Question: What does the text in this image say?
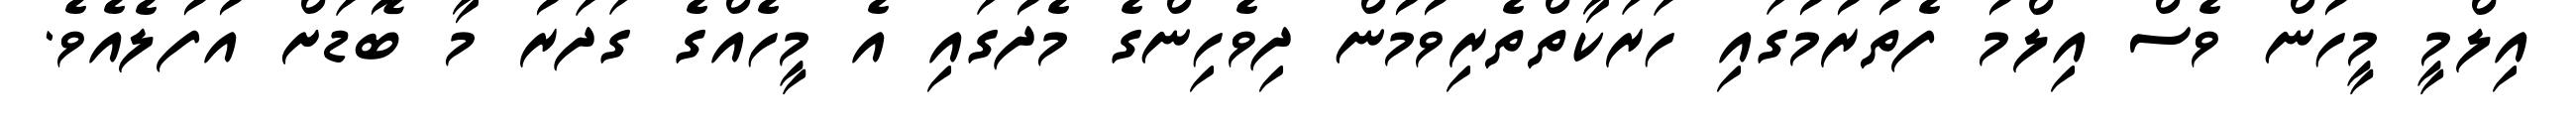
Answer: އިލްމީ މީހުން ވެސް އިލްމު ފެތުރުމުގައި ހަރަކާތްތެރިވުމުން ދިވެހިންގެ މެދުގައި އެ މީހެއްގެ ގަދަރު މާ ބޮޑަށް އުފުލެއެވެ.